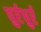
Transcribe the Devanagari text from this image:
धुर्रधुर्र